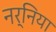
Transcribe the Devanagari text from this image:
नर्निया